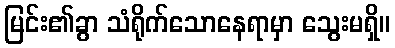
မြင်း၏ခွာ သံရိုက်သောနေရာမှာ သွေးမရှိ။